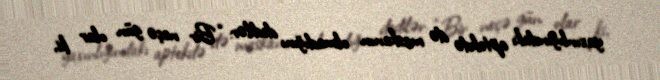
yaxınlığındakı aptekdə də maskanın olmadığını dedilər: “Bir neçə gün olar ki,